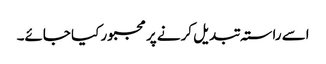
اسے راستہ تبدیل کرنے پر مجبور کیا جائے۔